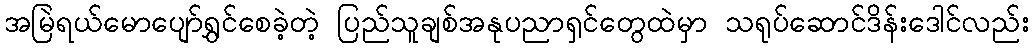
အမြဲရယ်မောပျော်ရွှင်စေခဲ့တဲ့ ပြည်သူချစ်အနုပညာရှင်တွေထဲမှာ သရုပ်ဆောင်ဒိန်းဒေါင်လည်း